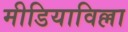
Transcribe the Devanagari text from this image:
मीडियाविल्ला